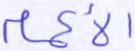
الأكمام